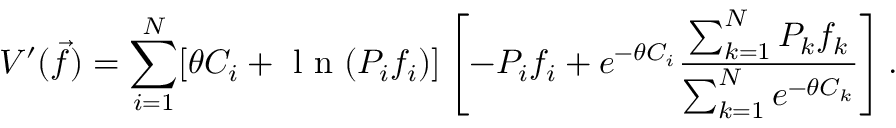
V ^ { \prime } ( \vec { f } ) = \sum _ { i = 1 } ^ { N } [ \theta C _ { i } + \mathrm { ~ l ~ n ~ } ( P _ { i } f _ { i } ) ] \left[ - P _ { i } f _ { i } + e ^ { - \theta C _ { i } } \frac { \sum _ { k = 1 } ^ { N } P _ { k } f _ { k } } { \sum _ { k = 1 } ^ { N } e ^ { - \theta C _ { k } } } \right] .